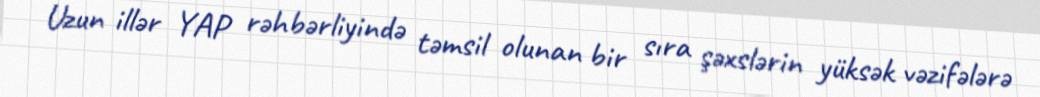
Uzun illər YAP rəhbərliyində təmsil olunan bir sıra şəxslərin yüksək vəzifələrə